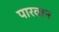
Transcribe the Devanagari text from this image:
पारवान